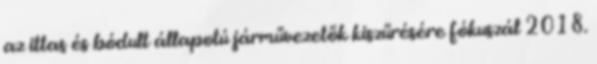
az ittas és bódult állapotú járművezetők kiszűrésére fókuszál 2018.